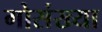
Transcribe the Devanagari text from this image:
गोसंख्या